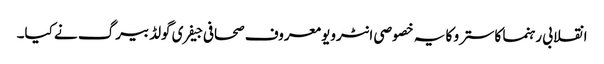
انقلابی رہنما کاسترو کا یہ خصوصی انٹرویو معروف صحافی جیفری گولڈبیرگ نے کیا۔